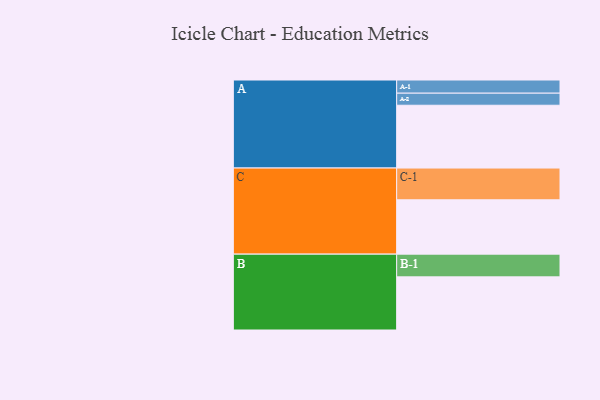
{"axis": {"x": "Segment", "y": "Value"}, "legend": ["", "A", "B", "C"], "data": [{"x": "A", "y": 520, "type": ""}, {"x": "B", "y": 440, "type": ""}, {"x": "C", "y": 450, "type": ""}, {"x": "A-1", "y": 109, "type": "A"}, {"x": "A-2", "y": 100, "type": "A"}, {"x": "B-1", "y": 188, "type": "B"}, {"x": "C-1", "y": 263, "type": "C"}]}